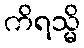
ကိရသ္မိ